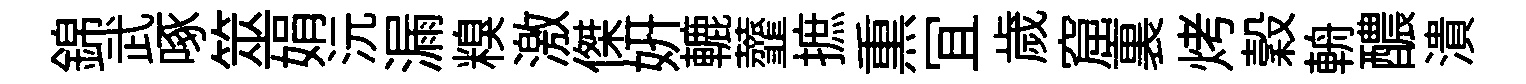
錦武啄筮娟沅漏糗激傑妍轆虀摭𤋱冝歲窟裏烤穀輈醲潰